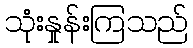
သုံးနှုန်းကြသည်